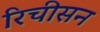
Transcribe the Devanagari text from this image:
रिचीसन